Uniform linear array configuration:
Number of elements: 48
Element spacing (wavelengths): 0.25
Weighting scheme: kaiser
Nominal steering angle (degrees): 15
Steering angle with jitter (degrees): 15.488
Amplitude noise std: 0.05
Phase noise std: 0.05

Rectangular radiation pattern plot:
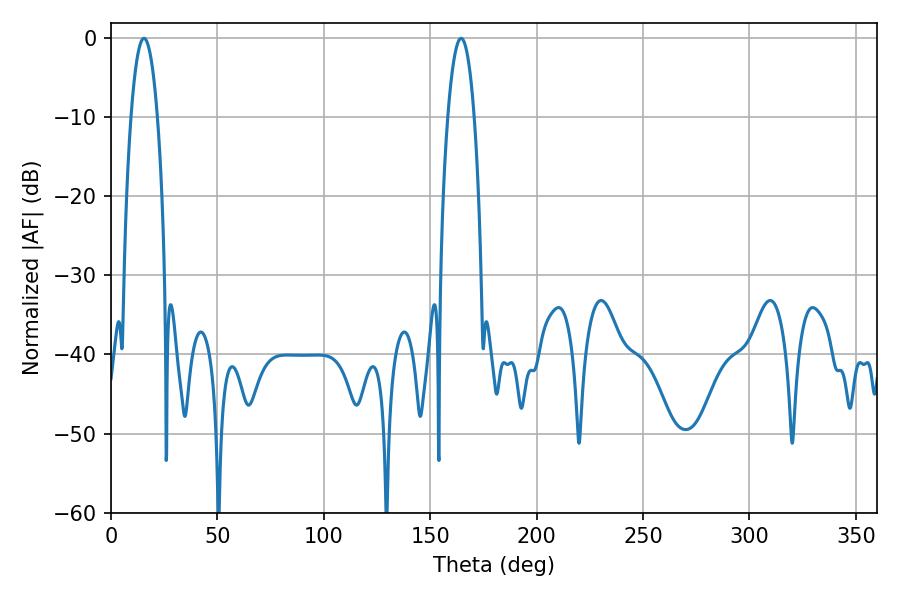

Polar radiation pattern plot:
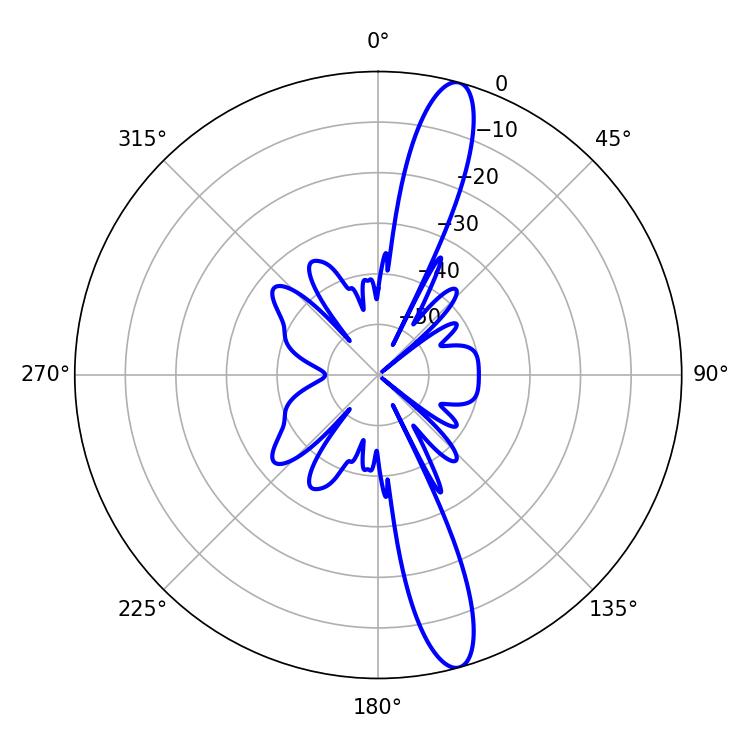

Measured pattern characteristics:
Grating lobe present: FALSE
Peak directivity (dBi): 14.632
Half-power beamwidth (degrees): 6.84
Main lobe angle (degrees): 15.48